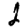
Digit: 2